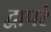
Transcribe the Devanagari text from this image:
द्वापरं